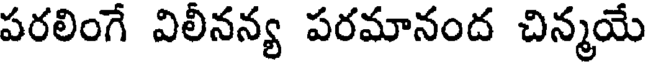
పరలింగే విలీనన్య పరమానంద చిన్మయే